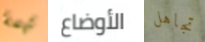
تهمة الأوضاع تجاهل